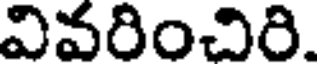
వివరించిరి.